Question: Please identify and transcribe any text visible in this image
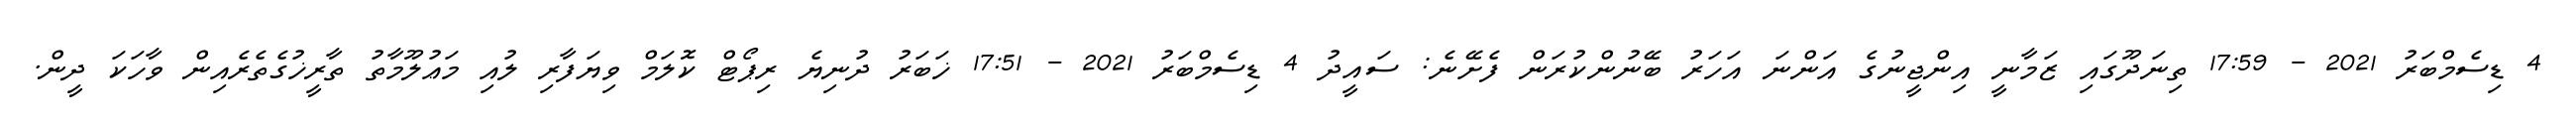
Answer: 4 ޑިސެމްބަރު 2021 - 17:59 ތިނަދޫގައި ޒަމާނީ އިންޖީނުގެ އަންނަ އަހަރު ބޭނުންކުރަން ފެށޭނެ: ސައީދު 4 ޑިސެމްބަރު 2021 - 17:51 ޚަބަރު ދުނިޔެ ރިޕޯޓް ކޮލަމް ވިޔަފާރި ލުއި މަޢުލޫމާތު ތާރީޚުގެތެރެއިން ވާހަކަ ދީން.